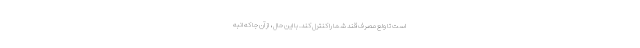
است تا ولع مصرف قند شما را کنترل کند. با این حال ، از آن جا که انبه